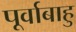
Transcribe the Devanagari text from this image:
पूर्वाबाहु